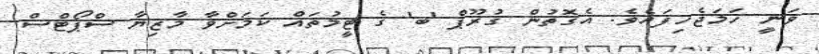
ވަނީ ހަމަޖެހިފައެވެ. އެގޮތުން ގުރޫޕް 'ބ' ގެ ޓީމުތައް ކަމަށްވާ މާޒިޔާ ސްޕޯޓްސް